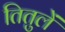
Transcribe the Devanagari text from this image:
तितुलें